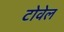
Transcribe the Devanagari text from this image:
टोवेल